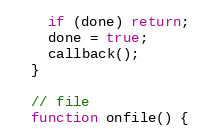
Language: JavaScript
    if (done) return;
    done = true;
    callback();
  }

  // file
  function onfile() {